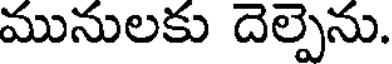
మునులకు దెల్పెను.